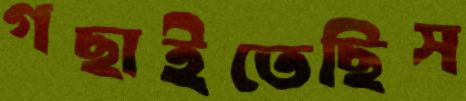
গছাইতেছিস